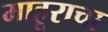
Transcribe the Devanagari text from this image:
माहूराचा